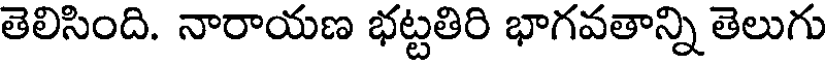
తెలిసింది. నారాయణ భట్టతిరి భాగవతాన్ని తెలుగు